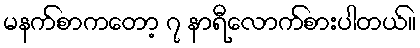
မနက်စာကတော့ ၇ နာရီလောက်စားပါတယ်။